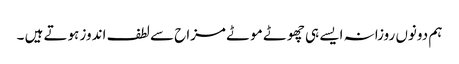
ہم دونوں روزانہ ایسے ہی چھوٹے موٹے مزاح سے لطف اندوز ہوتے ہیں ۔